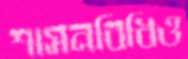
শাসনবিধিও